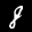
Label: 8